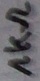
Text: 1kΩ